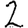
Digit: 2